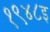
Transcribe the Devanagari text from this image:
१९४८इ